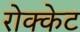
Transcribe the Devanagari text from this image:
रोक्केट